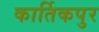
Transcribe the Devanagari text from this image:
कार्तिकपुर